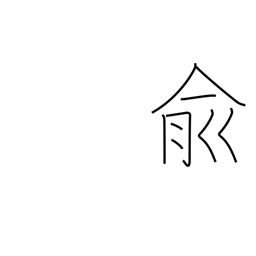
Meaning: affirmative response